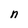
Character: n